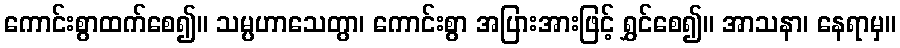
ကောင်းစွာထက်စေ၍။ သမ္ပဟာသေတွာ၊ ကောင်းစွာ အပြားအားဖြင့် ရွှင်စေ၍။ အာသနာ၊ နေရာမှ။